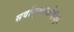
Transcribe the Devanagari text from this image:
सर्वासुखासोयीनी